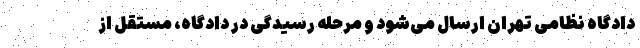
دادگاه نظامی تهران ارسال می‌شود و مرحله رسیدگی در دادگاه، مستقل از